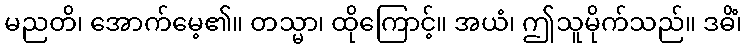
မညတိ၊ အောက်မေ့၏။ တသ္မာ၊ ထိုကြောင့်။ အယံ၊ ဤသူမိုက်သည်။ ဒဓိံ၊